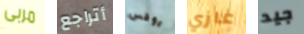
مربى أتراجع روفس غازي جيد